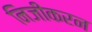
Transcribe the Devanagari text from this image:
निजीकरन